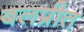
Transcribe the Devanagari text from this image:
बलप्रीत